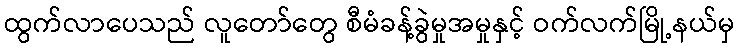
ထွက်လာပေသည် လူတော်တွေ စီမံခန့်ခွဲမှုအမှုနှင့် ဝက်လက်မြို့နယ်မှ